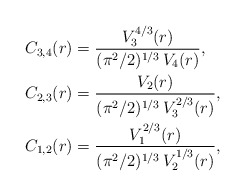
\begin{align*}\begin{aligned}C_{3,4}(r)&=\frac{V_3^{4/3}(r)}{(\pi^2/2)^{1/3}\,V_4(r)},\\C_{2,3}(r)&=\frac{V_2(r)}{(\pi^2/2)^{1/3}\,V_3^{2/3}(r)},\\C_{1,2}(r)&=\frac{V_1^{2/3}(r)}{(\pi^2/2)^{1/3}\,V_2^{1/3}(r)},\end{aligned}\end{align*}